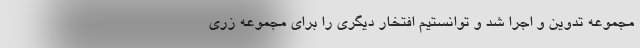
مجموعه تدوین و اجرا شد و توانستیم افتخار دیگری را برای مجموعه زری